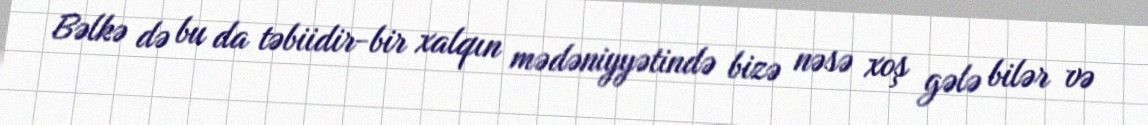
Bəlkə də bu da təbiidir-bir xalqın mədəniyyətində bizə nəsə xoş gələ bilər və